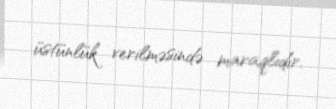
üstünlük verilməsində maraqlıdır.